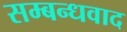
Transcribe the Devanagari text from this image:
सम्बन्धवाद